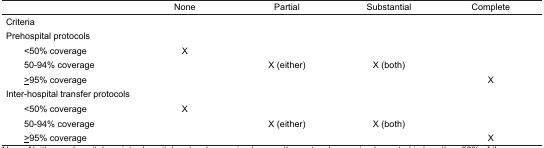
|  | None | Partial | Substantial | Complete |
 | --- | --- | --- | --- | --- |
 | <COLSPAN=5> Criteria |
 | <COLSPAN=5> Prehospital protocols |
 | <50% coverage | X |  |  |  |
 | 50–94% coverage |  | X (either) | X (both) |  |
 | ≥95% coverage |  |  |  | X |
 | <COLSPAN=5> Inter-hospital transfer protocols |
 | <50% coverage | X |  |  |  |
 | 50–94% coverage |  | X (either) | X (both) |  |
 | ≥95% coverage |  |  |  | X |